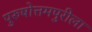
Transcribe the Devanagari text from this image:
पुरुषोत्तमपुरीला